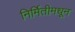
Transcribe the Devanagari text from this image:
निर्मितीमधून